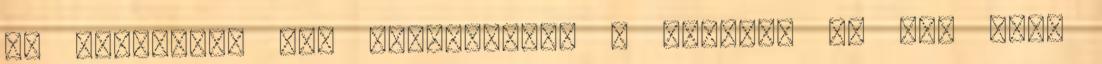
is dicsérték őt: "Csodálatos a tested, te még most